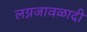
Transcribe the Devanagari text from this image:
लग्नजावळादी